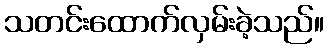
သတင်းထောက်လှမ်းခဲ့သည်။